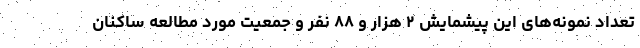
تعداد نمونه‌های این پیشمایش ۲ هزار و ۸۸ نفر و جمعیت مورد مطالعه ساکنان